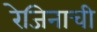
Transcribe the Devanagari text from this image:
रेजिनाची